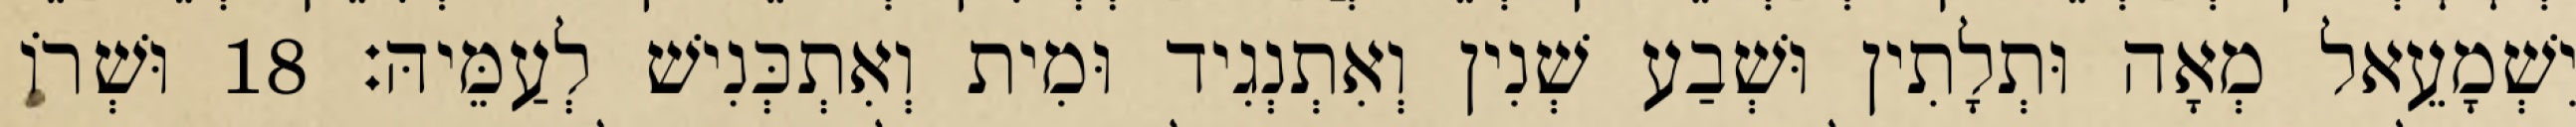
יִשְׁמָעֵאל מְאָה וּתְלָתִין וּשְׁבַע שְׁנִין וְאִתְנְגִיד וּמִית וְאִתְכְּנִישׁ לְעַמֵּיהּ׃ 18 וּשְׁרוֹ